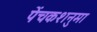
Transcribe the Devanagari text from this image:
पेंचकशनुमा